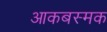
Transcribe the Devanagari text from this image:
आकबस्मक